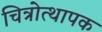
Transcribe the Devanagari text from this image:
चित्रोत्थापक